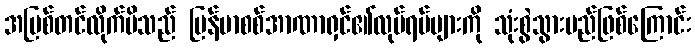
အပြစ်တင်လိုက်မိသည် မြန်မာစစ်အာဏာရှင်၏လုပ်ရပ်များကို သုံးစွဲသွားမည်ဖြစ်ကြောင်း